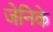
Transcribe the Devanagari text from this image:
जेनिके